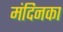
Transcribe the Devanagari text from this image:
मंदिनका